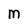
Character: m